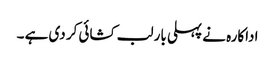
اداکارہ نے پہلی بار لب کشائی کر دی ہے ۔